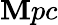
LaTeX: \mathbf{M}pc